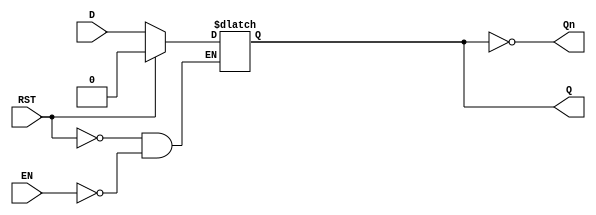
module LatchRegister (
    input wire D,          // Data Input
    input wire EN,         // Enable Signal
    input wire RST,        // Asynchronous Reset (optional)
    output reg Q,         // Output
    output wire Qn         // Inverted Output
);

// Inverted Output
assign Qn = ~Q;

// Latch behavior
always @(*) begin
    if (RST) begin
        Q <= 1'b0;        // Reset the latch to 0
    end else if (EN) begin
        Q <= D;           // Capture the input data when EN is high
    end
    // If EN is low, Q retains its previous state
end

endmodule